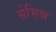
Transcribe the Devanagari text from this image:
सेभिन्न